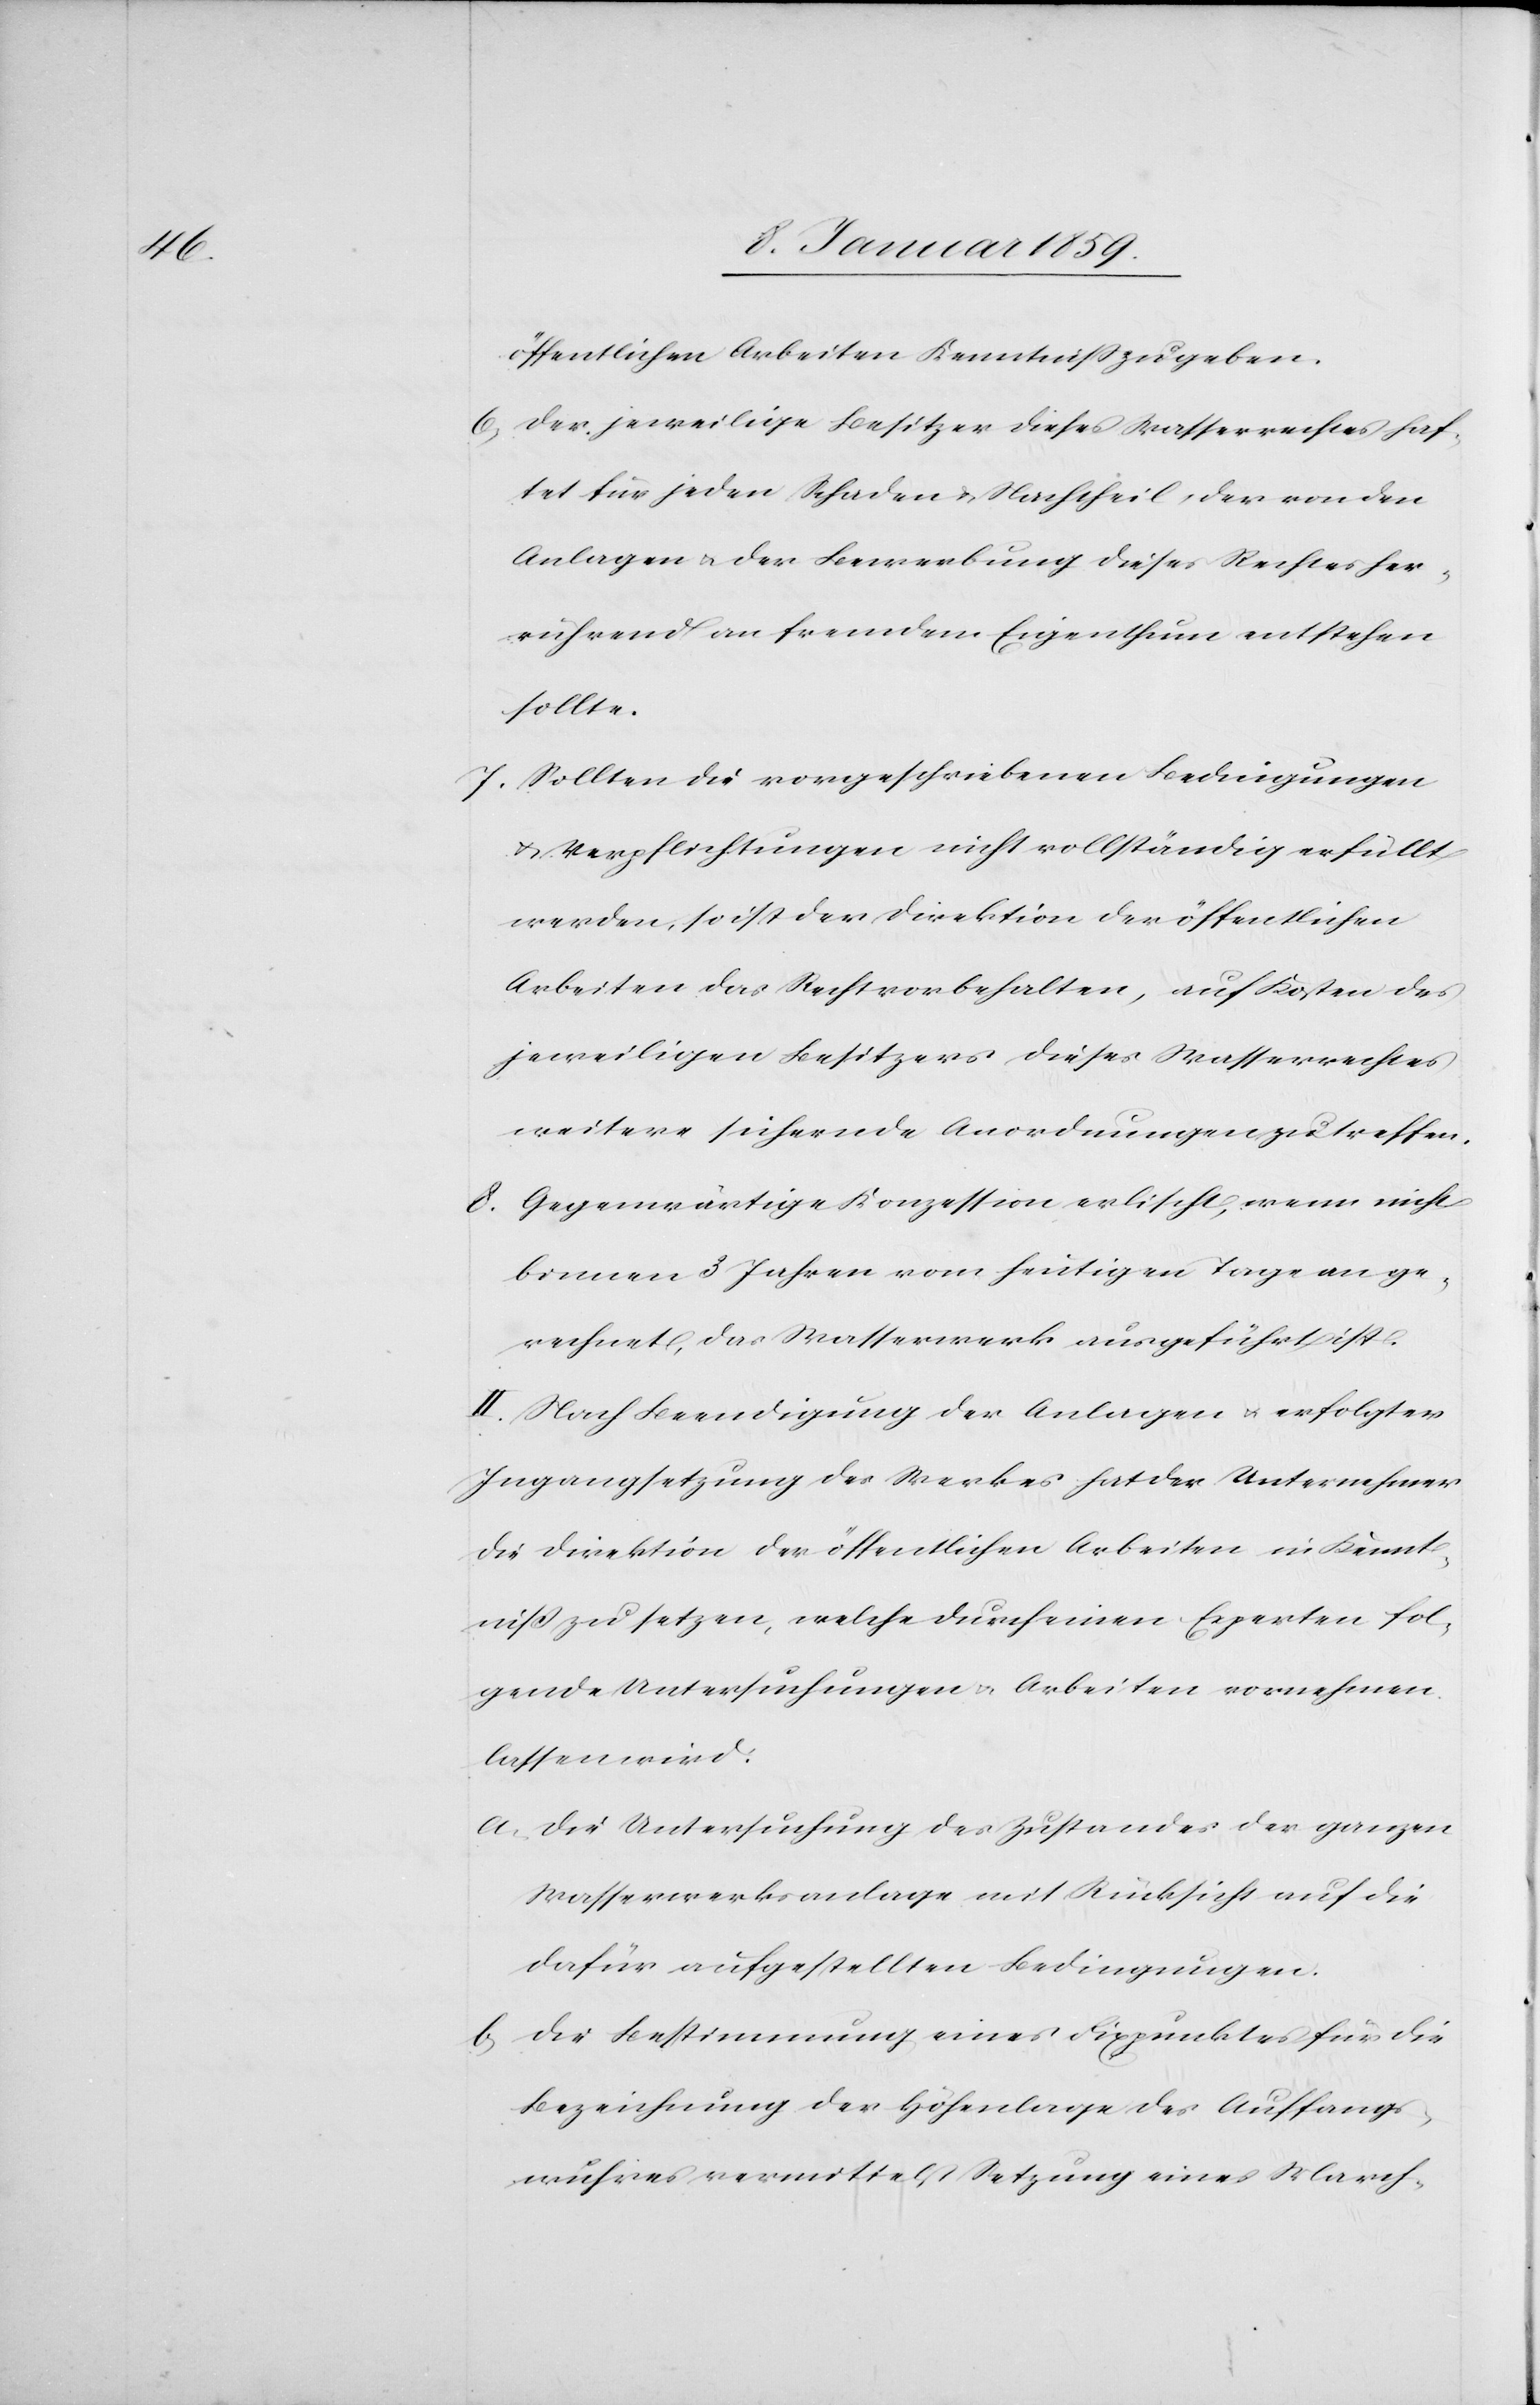
öffentlichen Arbeiten Kenntniß zu geben.
6. Der jeweilige Besitzer dieses Wasserwerkes haf¬
tet für jeden Schaden u. Nachtheil, der von den
Anlagen u. der Bewerbung dieses Rechtes her¬
rührend an fremdem Eigenthum entstehen
sollte.
7. Sollten die vorgeschriebenen Bedingungen
u. Verpflichtungen nicht vollständig erfüllt
werden, so ist der Direktion der öffentlichen
Arbeiten das Recht vorbehalten, auf Kosten des
jeweiligen Besitzers dieses Wasserrechtes
weitere sichernde Anordnungen zu treffen.
8. Gegenwärtige Konzession erlischt, wenn nicht
binnen 3 Jahren vom heutigen Tage an ge¬
rechnet, das Wasserwerk ausgeführt ist.
II Nach Beendigung der Anlagen u. erfolgter
Ingangsetzung des Werkes hat der Unternehmer
die Direktion der öffentlichen Arbeiten in Kennt¬
niß zu setzen, welche durch einen Experten fol¬
gende Untersuchungen u. Arbeiten vornehmen
lassen wird.
a. Die Untersuchung des Zustandes der ganzen
Wasserwerksanlage mit Rücksicht auf die
dafür aufgestellten Bedingungen.
b. Die Bestimmung eines Fixpunktes für die
Bezeichnung der Höhenlage des Auffang¬
wuhres vermittelst Setzung eines March-